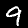
Label: 9